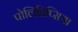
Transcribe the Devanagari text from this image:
पोलिडिप्सिया